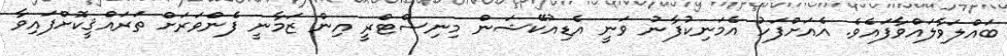
ބައްލަވާލައްވާފައެވެ. އެއަށްފަހު އެމަނިކުފާނު ވަނީ އެޑިއުކޭޝަން މިނިސްޓްރީ އިން ޒަމާނީ ފެންވަރަށް ތަރައްޤީކޮށްފައިވާ